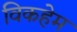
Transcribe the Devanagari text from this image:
विकहेम